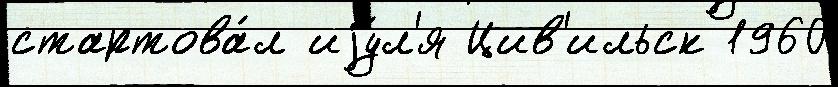
стартова́л иjу́л'я Цив'ильск 1960